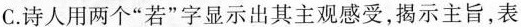
C.诗人用两个“若”字显示出其主观感受，揭示主旨，表